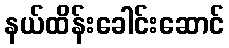
နယ်ထိန်းခေါင်းဆောင်